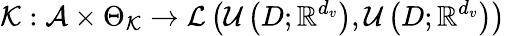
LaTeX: \mathcal{K}:\mathcal{A}\times\Theta_{\mathcal{K}}\rightarrow\mathcal{L}\left(\mathcal{U}\left(D;\mathbb{R}^{d_{v}}\right),\mathcal{U}\left(D;\mathbb{R}^{d_{v}}\right)\right)